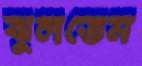
ঝুলতেম